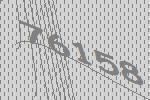
76158